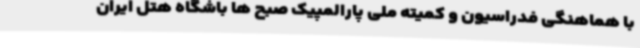
با هماهنگی فدراسیون و کمیته ملی پارالمپیک صبح ها باشگاه هتل ایران